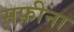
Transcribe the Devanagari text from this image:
सफ़ीना